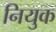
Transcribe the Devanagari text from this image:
नियुक